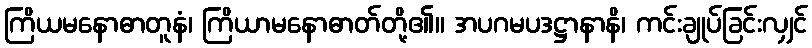
ကြိယမနောဓာတူနံ၊ ကြိယာမနောဓာတ်တို့၏။ အပဂမပဒဋ္ဌာနာနိ၊ ကင်းချုပ်ခြင်းလျှင်